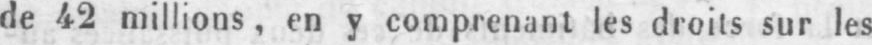
de 42 millions, en y comprenant les droits sur les